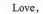
Love,